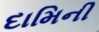
દામિની